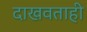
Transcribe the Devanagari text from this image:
दाखवताही